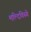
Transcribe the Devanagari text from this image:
मल्दिविस्चे